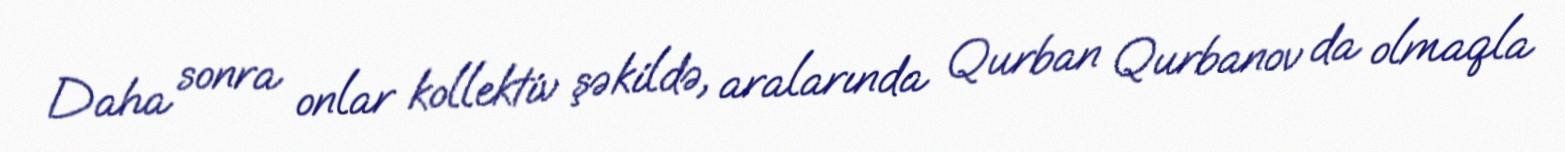
Daha sonra onlar kollektiv şəkildə, aralarında Qurban Qurbanov da olmaqla